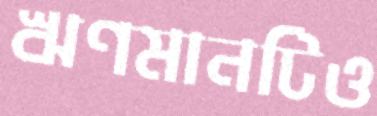
ঋণমানটিও